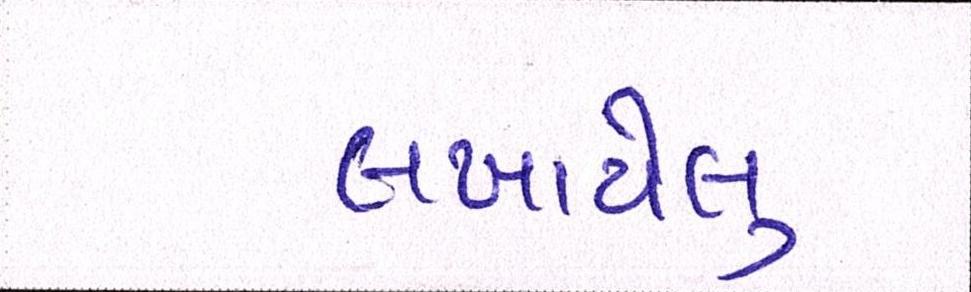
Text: લખાયેલુ